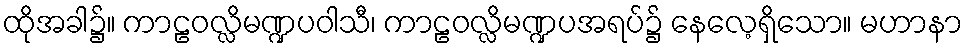
ထိုအခါ၌။ ကာဠဝလ္လိမဏ္ဍပဝါသီ၊ ကာဠဝလ္လိမဏ္ဍပအရပ်၌ နေလေ့ရှိသော။ မဟာနာ